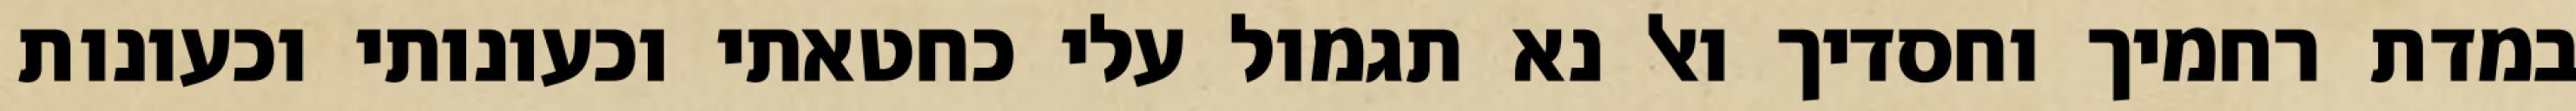
במדת רחמיך וחסדיך ואל נא תגמול עלי כחטאתי וכעונותי וכעונות